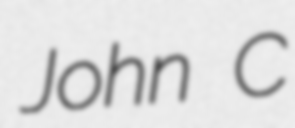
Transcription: John C